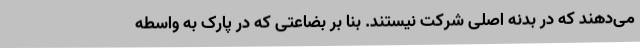
می‌دهند که در بدنه اصلی شرکت نیستند. بنا بر بضاعتی که در پارک به واسطه